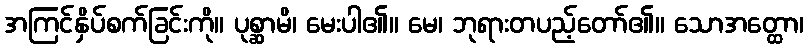
အကြင်နှိပ်စက်ခြင်းကို။ ပုစ္ဆာမိ၊ မေးပါ၏။ မေ၊ ဘုရားတပည့်တော်၏။ သောအတ္ထော၊